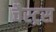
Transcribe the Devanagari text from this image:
चैस्ट्रस